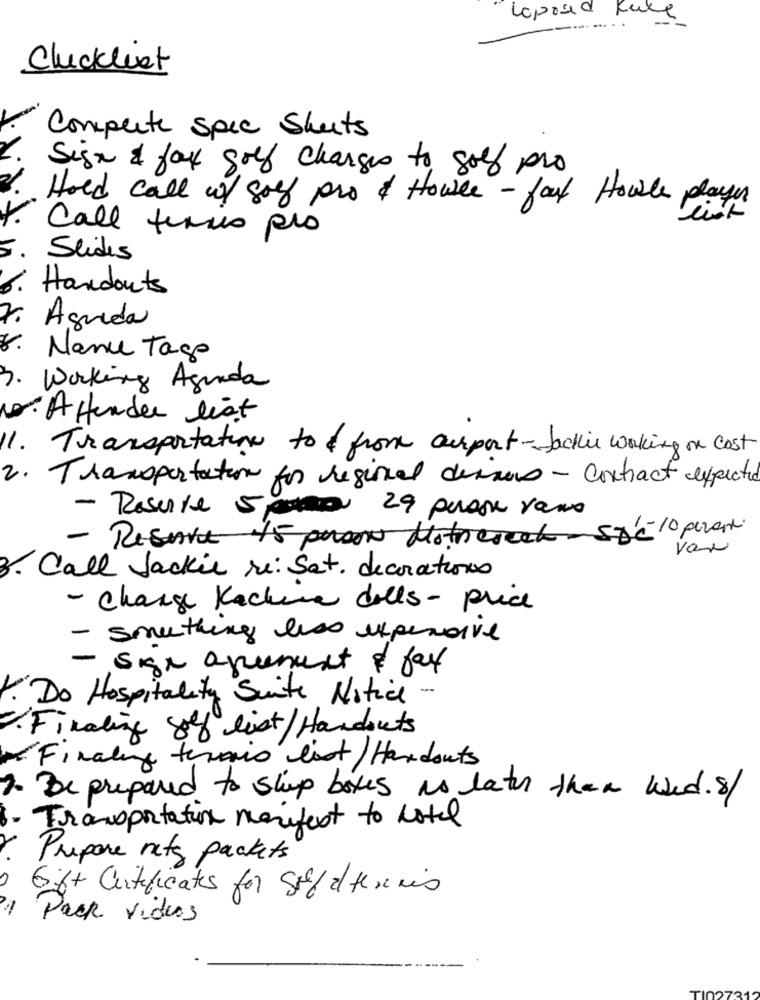
Loposed Kule
---....
Clucklist
Compete spec Sheets
Sign & fax golf changes to golf pro
Hold call w/ sol pro & Hower - fart Howle player
Call fermo pro
Slides
Handouts
r.
Aguida
8. Nanu Tago
3. Working Agunda
. Affender list
11. Transportation to & from airport- Jackie working on cost
2. Transportation for regional desans- contract expected
- Resurre 5 pro 29 persone vano
- Reserve 15 pasos Motorescat- Spéc 10 perante.
van
3. Call Jackie re: Sat. decorations
- Charge Kachina dolls - price
- something less expensive
-sign agreement & fax
1. Do Hospitality Suite Notice -
Finalize 8off list/ Handouts
Finally terais list / Handouts
2. Be prepared to ship boxes no later than wed. s/
Transportation manifest to hotel
Prepare netz packets
6 %+ Certificates for Siff aftermis
Pack vides